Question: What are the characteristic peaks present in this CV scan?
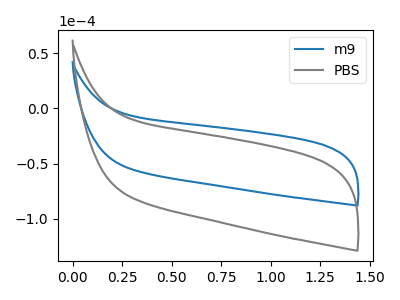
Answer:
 <answer>The blue curve "m9" has no peaks. The gray curve "PBS" has no peaks.</answer>
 <eval></eval>